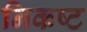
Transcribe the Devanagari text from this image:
निकष्ट